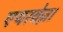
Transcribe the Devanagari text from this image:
एयरवेज़।